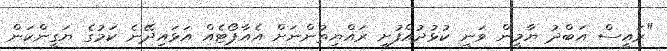
"ރައީސް އަބްދު ޔާމީން ވަނީ ކުޅުދުއްފުށީ ރައްޔިތުންނަށް އެއާޕޯޓެއް އަޅައިދޭނެ ކަމުގެ ޔަގީންކަން